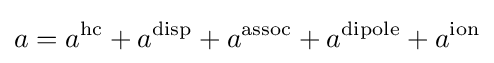
a=a^{\text{hc}}+a^{\text{disp}}+a^{\text{assoc}}+a^{\text{dipole}}+a^{\text{ion}}